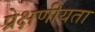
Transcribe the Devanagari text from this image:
प्रेक्षणीयता